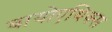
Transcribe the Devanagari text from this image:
बायोएथिक्स